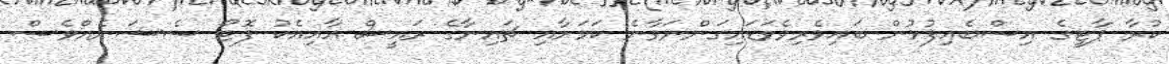
ކުރާ ޕާޓީގެ އިސްބެއިފުޅުން ބައިވެރިވެވަޑައިގަންނަވާނެ ކަމަށާއި ޗައިނާގެ ރައީސް އާއިއެކު ފޮޓޯ ސެޝަނެއްވެސް